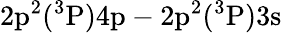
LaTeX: \mathrm{2p^{2}(^{3}P)4p-2p^{2}(^{3}P)3s}